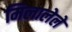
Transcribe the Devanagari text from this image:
मिलालेले